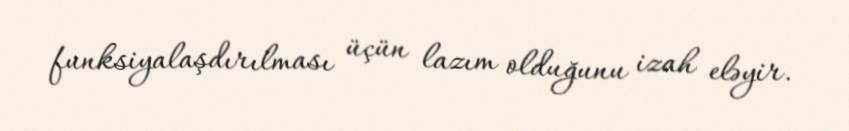
funksiyalaşdırılması üçün lazım olduğunu izah eləyir.